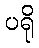
ပရို